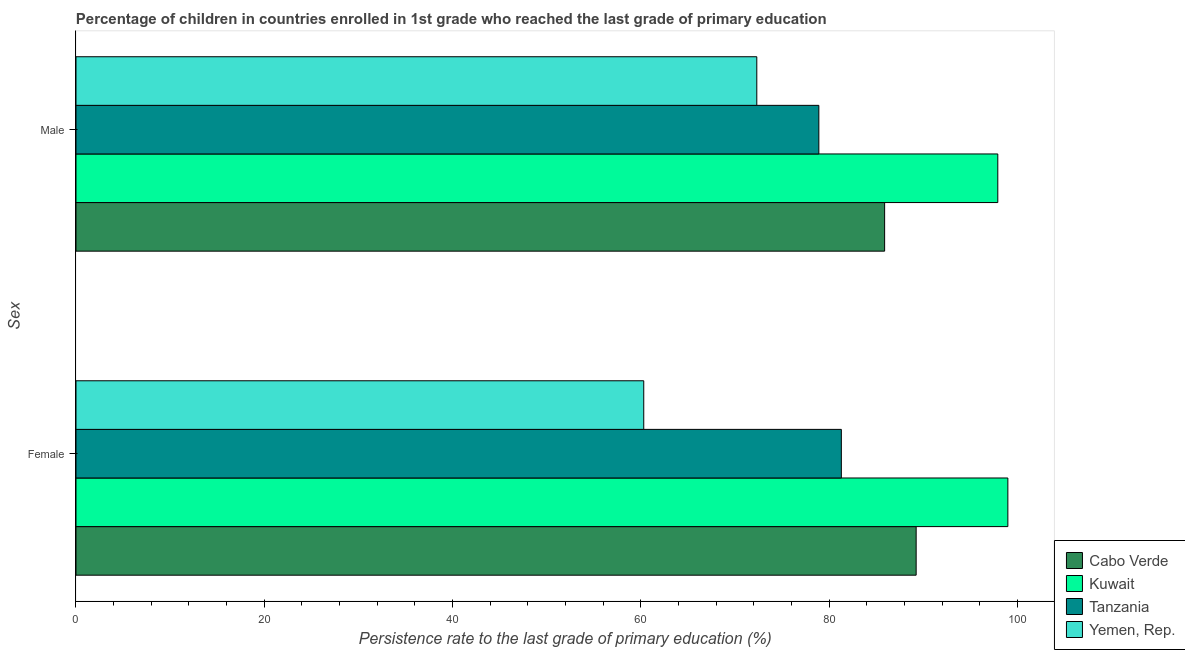
| Sex | Cabo Verde | Kuwait | Tanzania | Yemen, Rep. |
 | --- | --- | --- | --- | --- |
 | Female | 89.2 | 99 | 81.3 | 60.3 |
 | Male | 85.9 | 97.9 | 78.9 | 72.3 |